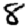
Digit: 8